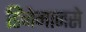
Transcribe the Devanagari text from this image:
डिंजेमानसे